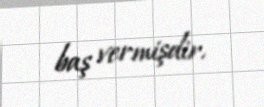
baş vermişdir.